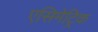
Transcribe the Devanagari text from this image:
एसिमेट्रिक